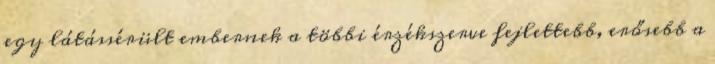
egy látássérült embernek a többi érzékszerve fejlettebb, erősebb a